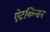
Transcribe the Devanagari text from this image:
ऐटकिंन्सन